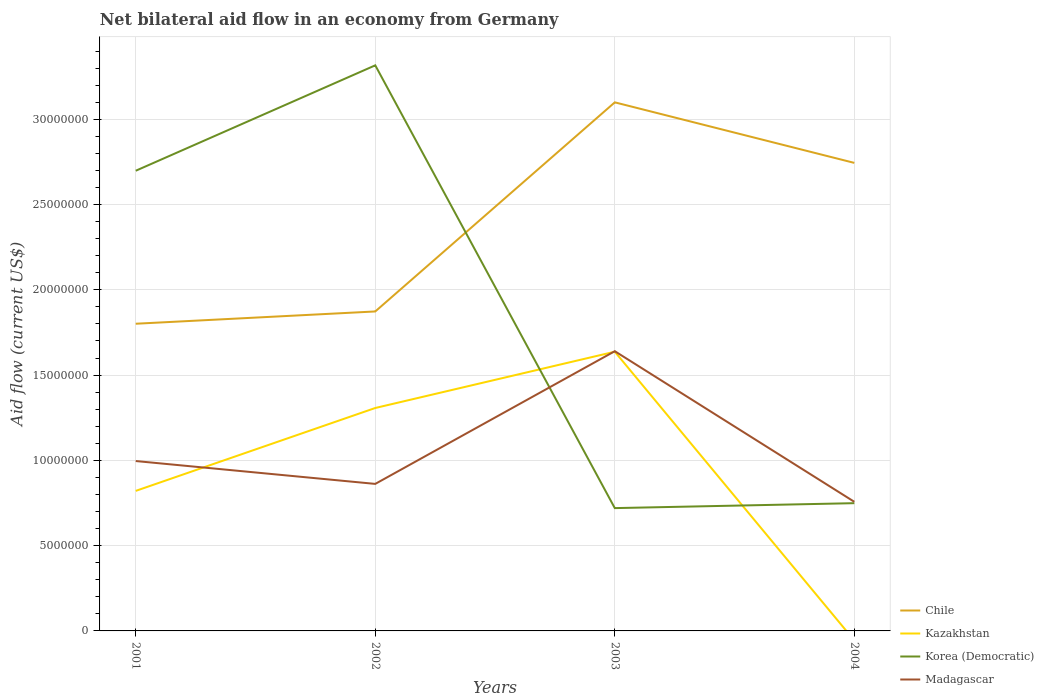
| Years | Chile | Kazakhstan | Korea (Democratic) | Madagascar |
 | --- | --- | --- | --- | --- |
 | 2001 | 1.8e+07 | 8.21e+06 | 2.7e+07 | 9.96e+06 |
 | 2002 | 1.87e+07 | 1.31e+07 | 3.32e+07 | 8.62e+06 |
 | 2003 | 3.1e+07 | 1.64e+07 | 7.2e+06 | 1.64e+07 |
 | 2004 | 2.74e+07 | -5.6e+05 | 7.49e+06 | 7.57e+06 |